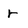
Character: r